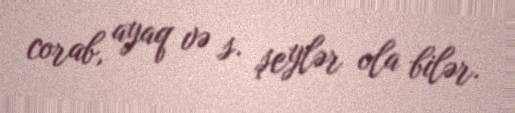
corab, ayaq və s. şeylər ola bilər.